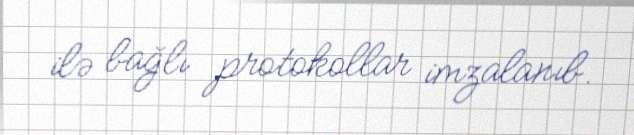
ilə bağlı protokollar imzalanıb.